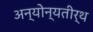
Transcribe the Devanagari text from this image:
अन्योन्यतीर्थ